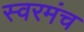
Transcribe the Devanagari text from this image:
स्वरमंच